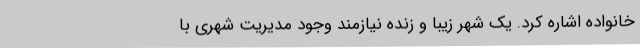
خانواده اشاره کرد. یک شهر زیبا و زنده نیازمند وجود مدیریت شهری با